Plague in India, 1896, 1897 - Volume 3
Year: 1896
Disease focus: Plague
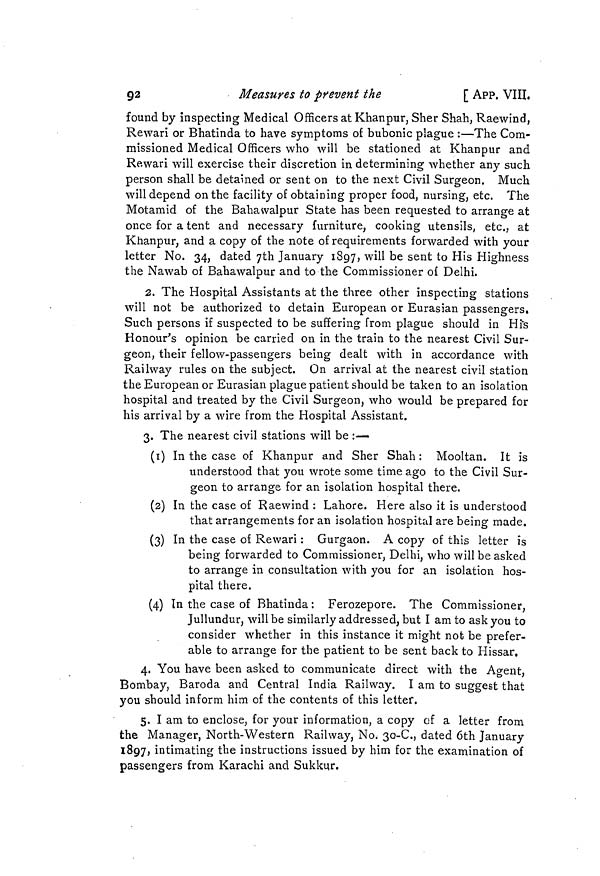
92
Measures to prevent the
[ APP. VIII.
found by inspecting Medical Officers at Khanpur, Sher Shah, Raewind,
Rewari or Bhatinda to have symptoms of bubonic plague :—The Com-
missioned Medical Officers who will be stationed at Khanpur and
Rewari will exercise their discretion in determining whether any such
person shall be detained or sent on to the next Civil Surgeon. Much
will depend on the facility of obtaining proper food, nursing, etc. The
Motamid of the Bahawalpur State has been requested to arrange at
once for a tent and necessary furniture, cooking utensils, etc.. at
Khanpur, and a copy of the note of requirements forwarded with your
letter No. 34, dated 7th January 1897, will be sent to His Highness
the Nawab of Bahawalpur and to the Commissioner of Delhi.
2. The Hospital Assistants at the three other inspecting stations
will not be authorized to detain European or Eurasian passengers.
Such persons if suspected to be suffering from plague should in His
Honour's opinion be carried on in the train to the nearest Civil Sur-
geon, their fellow-passengers being dealt with in accordance with
Railway rules on the subject. On arrival at the nearest civil station
the European or Eurasian plague patient should be taken to an isolation
hospital and treated by the Civil Surgeon, who would be prepared for
his arrival by a wire from the Hospital Assistant.
3. The nearest civil stations will be :—
(1) In the case of Khanpur and Sher Shah : Mooltan. It is
understood that you wrote some time ago to the Civil Sur-
geon to arrange for an isolation hospital there.
(2) In the case of Raewind : Lahore. Here also it is understood
that arrangements for an isolation hospital are being made.
(3) In the case of Rewari : Gurgaon. A copy of this letter is
being forwarded to Commissioner, Delhi, who will be asked
to arrange in consultation with you for an isolation hos-
pital there.
(4) In the case of Bhatinda : Ferozepore. The Commissioner,
Jullundur, will be similarly addressed, but I am to ask you to
consider whether in this instance it might not be prefer-
able to arrange for the patient to be sent back to Hissar.
4. You have been asked to communicate direct with the Agent,
Bombay, Baroda and Central India Railway. I am to suggest that
you should inform him of the contents of this letter.
5. I am to enclose, for your information, a copy cf a letter from
the Manager, North-Western Railway, No. 3O-C., dated 6th January
1897, intimating the instructions issued by him for the examination of
passengers from Karachi and Sukkur.